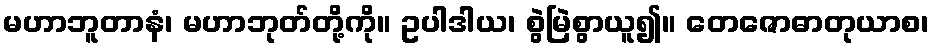
မဟာဘူတာနံ၊ မဟာဘုတ်တို့ကို။ ဥပါဒါယ၊ စွဲမြဲစွာယူ၍။ တေဇောဓာတုယာစ၊